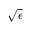
\sqrt { \epsilon }